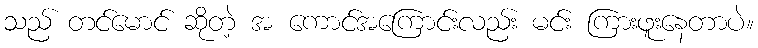
သည် တင်မောင် ဆိုတဲ့ အ ကောင်အကြောင်းလည်း မင်း ကြားဖူးနေတာပဲ။